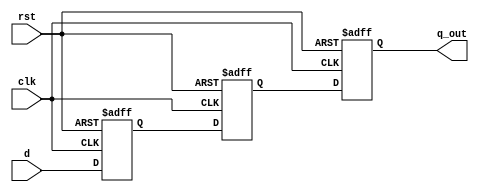
module three_flop_sync
(
    input wire clk,        // clock signal
    input wire rst,        // asynchronous reset signal
    input wire d,          // input data signal
    
    output reg q_out       // output synchronized signal
);

reg q1, q2, q3;

always @(posedge clk or posedge rst)
begin
    if (rst)
    begin
        q1 <= 1'b0; // reset first flip-flop
        q2 <= 1'b0; // reset second flip-flop
        q3 <= 1'b0; // reset third flip-flop
    end
    else
    begin
        q1 <= d;
        q2 <= q1;
        q3 <= q2;
    end
end

assign q_out = q3;  // output synchronized signal

endmodule